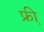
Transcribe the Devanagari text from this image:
फ्री़